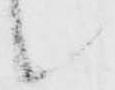
候